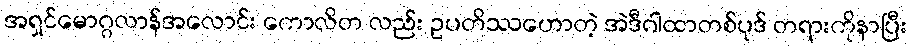
အရှင်မောဂ္ဂလာန်အလောင်း ကောလိတ လည်း ဥပတိဿဟောတဲ့ အဲဒီဂါထာတစ်ပုဒ် တရားကိုနာပြီး